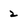
Character: 2